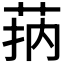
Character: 𦮾